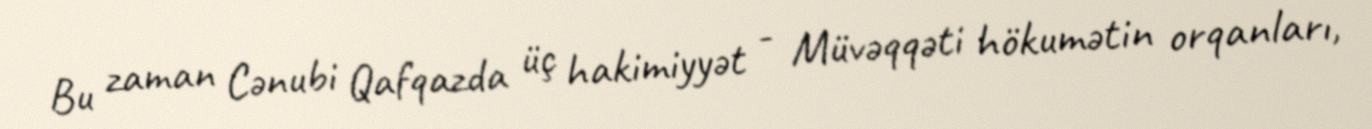
Bu zaman Cənubi Qafqazda üç hakimiyyət - Müvəqqəti hökumətin orqanları,